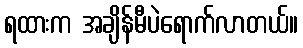
ရထားက အချိန်မီပဲရောက်လာတယ်။